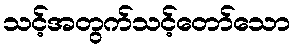
သင့်အတွက်သင့်တော်သော